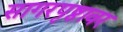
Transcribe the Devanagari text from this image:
सागरपृष्ठावर